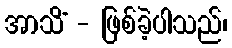
အာသိံ - ဖြစ်ခဲ့ပါသည်၊